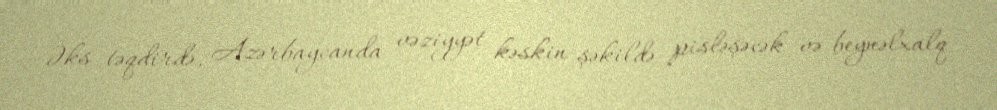
Əks təqdirdə, Azərbaycanda vəziyyət kəskin şəkildə pisləşəcək və beynəlxalq